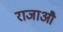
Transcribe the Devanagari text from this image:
राजाऔ